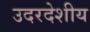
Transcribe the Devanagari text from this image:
उदरदेशीय